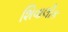
શિવાલીક